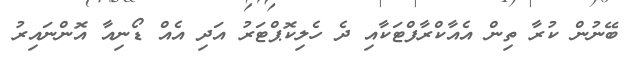
ބޭނުން ކުރާ ތިން އެއާކްރާފްޓަކާއި ދެ ހެލިކޮޕްޓަރު އަދި އެއް ޑޯނިއާ އޮންނައިރު